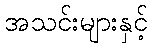
အသင်းများနှင့်